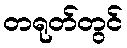
တရုတ်တွင်